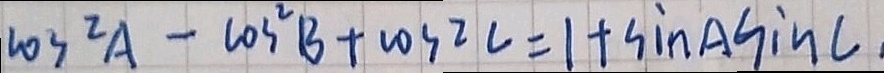
\cos ^ { 2 } A - \cos ^ { 2 } B + \cos 2 C = 1 + \sin C